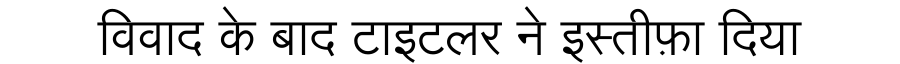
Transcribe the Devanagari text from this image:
विवाद के बाद टाइटलर ने इस्तीफ़ा दिया